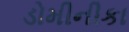
ડોમીનીકા